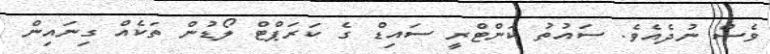
ވެސް ނުދެެއެވެ. ސައުތު ކަންޓްރީ ސައިޑް ގެ ކަރަޕްޓް ލޯޑުން ތަކެއް ގިނައިން